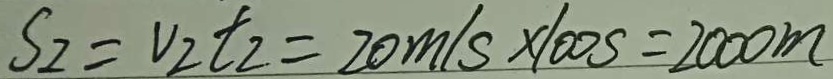
S _ { 2 } = V _ { 2 } t _ { 2 } = 2 0 m / s \times 1 0 0 s = 2 0 0 0 m